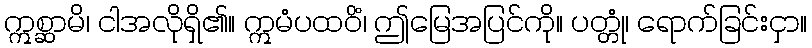
ဣစ္ဆာမိ၊ ငါအလိုရှိ၏။ ဣမံပထဝိံ၊ ဤမြေအပြင်ကို။ ပတ္တုံ၊ ရောက်ခြင်းငှာ။